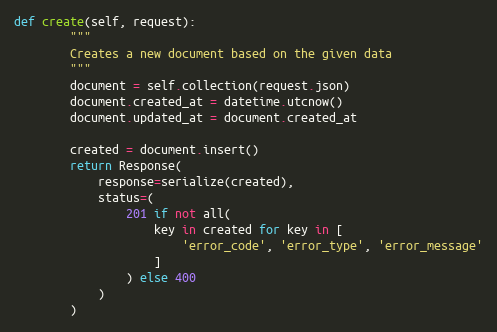
Language: Python
def create(self, request):
        """
        Creates a new document based on the given data
        """
        document = self.collection(request.json)
        document.created_at = datetime.utcnow()
        document.updated_at = document.created_at

        created = document.insert()
        return Response(
            response=serialize(created),
            status=(
                201 if not all(
                    key in created for key in [
                        'error_code', 'error_type', 'error_message'
                    ]
                ) else 400
            )
        )